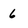
Character: 6